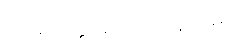
သာရိပုတ္တမောဂ္ဂလ္လာနာနမ္ပိ